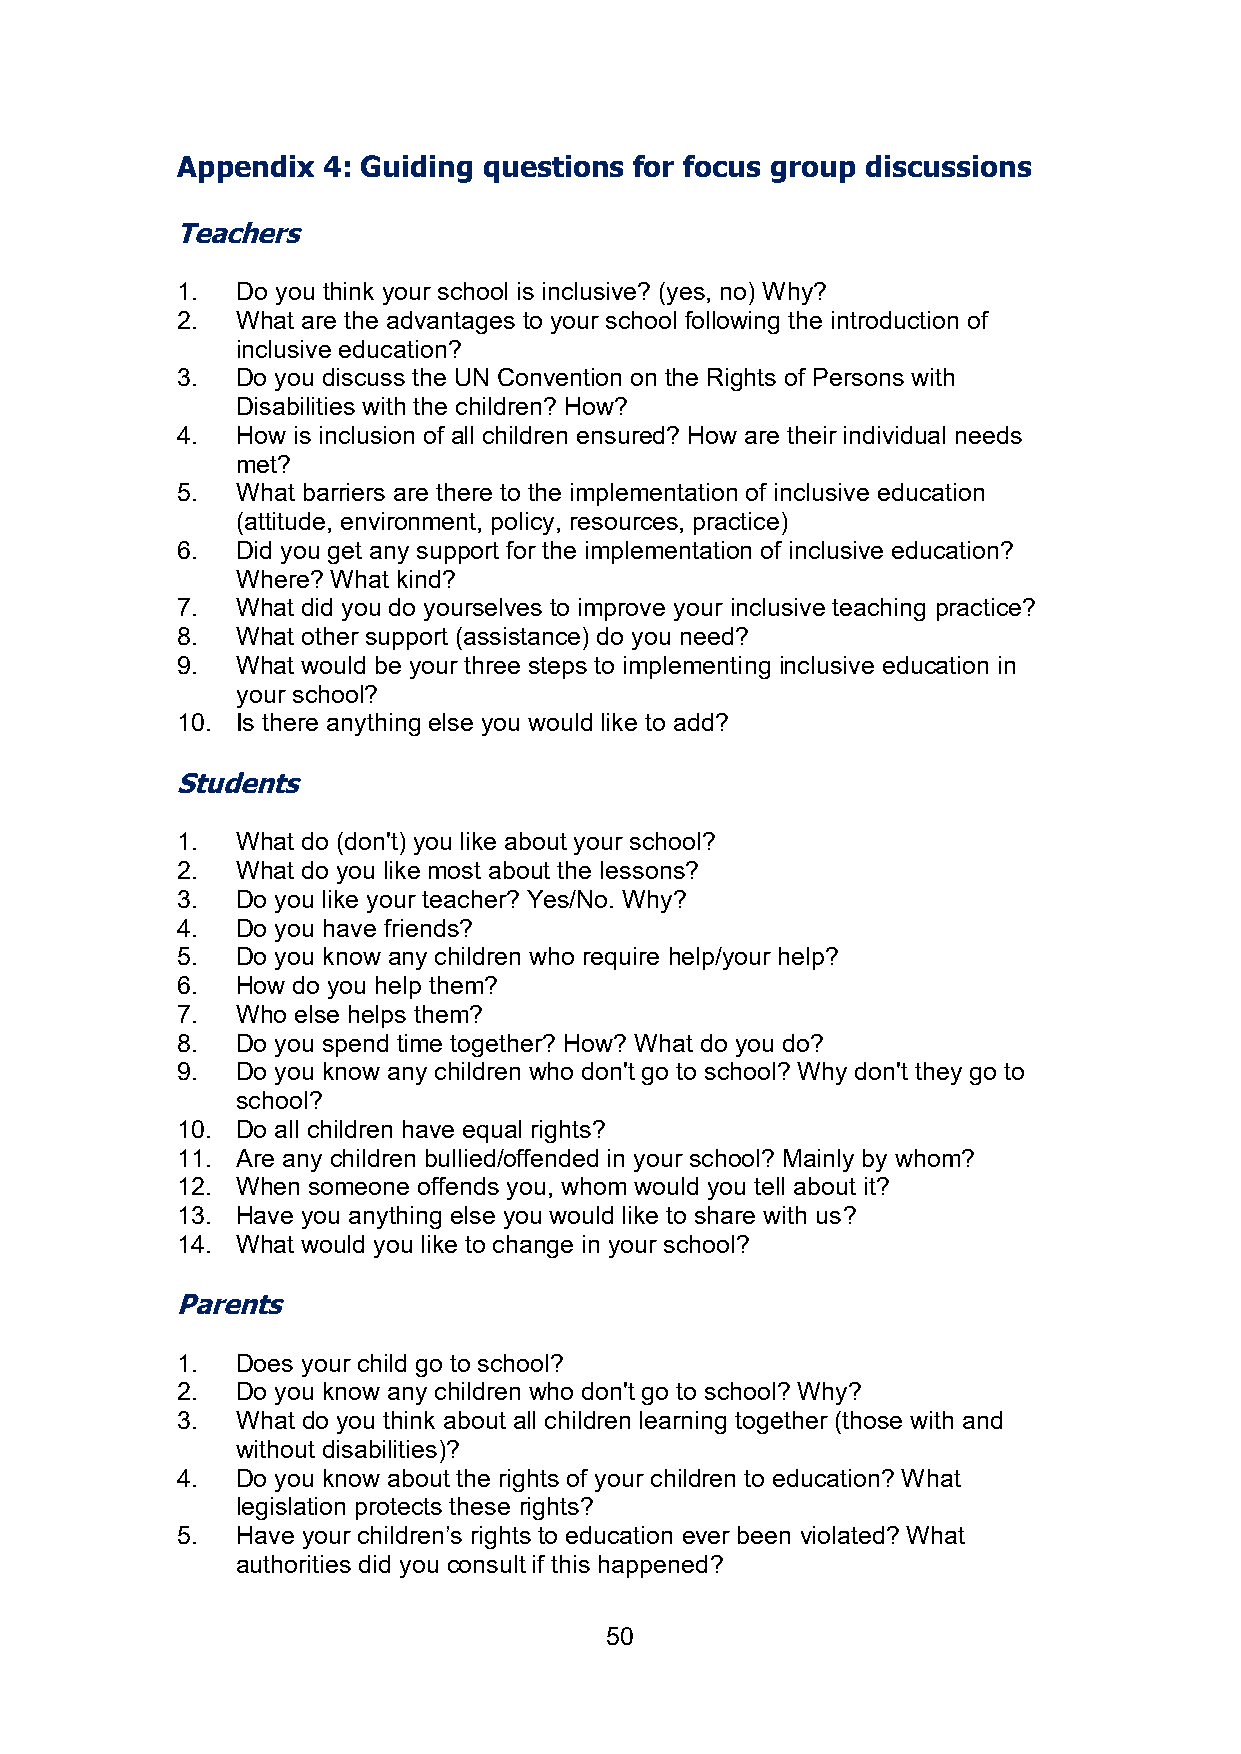
Appendix 4: Guiding questions for focus group discussions
 Teachers
 1.  Do you think your school is inclusive? (yes, no) Why?
 2.  What are the advantages to your school following the introduction of
 inclusive education?
 3.  Do you discuss the UN Convention on the Rights of Persons with
 Disabilities with the children? How?
 4.  How is inclusion of all children ensured? How are their individual needs
 met?
 5.  What barriers are there to the implementation of inclusive education
 (attitude, environment, policy, resources, practice)
 6.  Did you get any support for the implementation of inclusive education?
 Where? What kind?
 7.  What did you do yourselves to improve your inclusive teaching practice?
 8.  What other support (assistance) do you need?
 9.  What would be your three steps to implementing inclusive education in
 your school?
 10. Is there anything else you would like to add?
 Students
 1.  What do (don't) you like about your school?
 2.  What do you like most about the lessons?
 3.  Do you like your teacher? Yes/No. Why?
 4.  Do you have friends?
 5.  Do you know any children who require help/your help?
 6.  How do you help them?
 7.  Who else helps them?
 8.  Do you spend time together? How? What do you do?
 9.  Do you know any children who don't go to school? Why don't they go to
 school?
 10. Do all children have equal rights?
 11. Are any children bullied/offended in your school? Mainly by whom?
 12. When someone offends you, whom would you tell about it?
 13. Have you anything else you would like to share with us?
 14. What would you like to change in your school?
 Parents
 1.  Does your child go to school?
 2.  Do you know any children who don't go to school? Why?
 3.  What do you think about all children learning together (those with and
 without disabilities)?
 4.  Do you know about the rights of your children to education? What
 legislation protects these rights?
 5.  Have your children’s rights to education ever been violated? What
 authorities did you consult if this happened?
 50